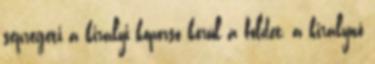
sepregeti a királyi koporsó körül a földet, a királynő